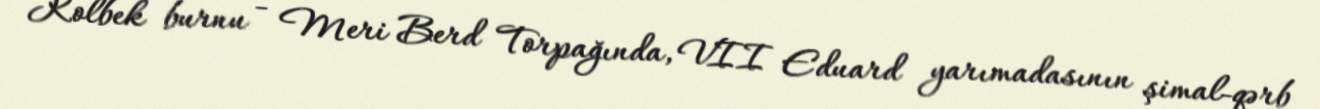
Kolbek burnu - Meri Berd Torpağında, VII Eduard yarımadasının şimal-qərb